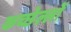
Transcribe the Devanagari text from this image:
कच्छेल्लों